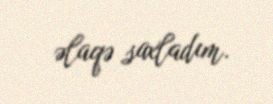
əlaqə saxladım.